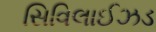
સિવિલાઈઝડ